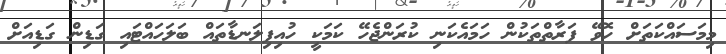
މިމަސައްކަތަށް ހޮވޭ ފަރާތްތަކުން ހަމައެކަނި ކުރަންޖެހޭ ކަމަކީ ހުއިފިލަނޑާތައް ބަލަހައްޓައި ގަޑިން ގަޑިއަށް